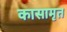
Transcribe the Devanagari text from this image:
कासामृत